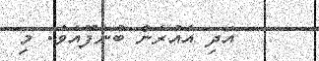
އަދި އެއުރެން ބުނެފޫއެވެ. މި